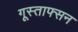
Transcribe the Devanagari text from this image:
गूस्ताफ्सन